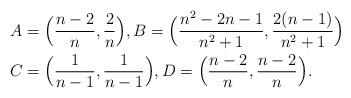
LaTeX: \begin{align*}A&= \Big( \frac{n-2}{n}, \frac{2}{n} \Big), B=\Big(\frac{n^2-2n-1}{n^2+1}, \frac{2(n-1)}{n^2+1} \Big)\\C&=\Big(\frac{1}{n-1}, \frac{1}{n-1} \Big), D= \Big( \frac{n-2}{n}, \frac{n-2}{n} \Big).\end{align*}